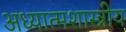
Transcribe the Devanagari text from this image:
अध्यात्मशास्त्रीय